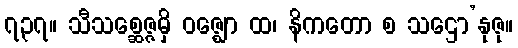
၇၃၇။ သီသစ္ဆေဇ္ဇမှိ ဝဇ္ဈော ထ၊ နိကတော စ သဌော’နုဇု။